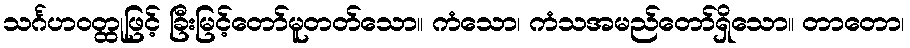
သင်္ဂဟဝတ္ထုဖြင့် ခြီးမြင့်တော်မူတတ်သော။ ကံသော၊ ကံသအမည်တော်ရှိသော။ တာတော၊